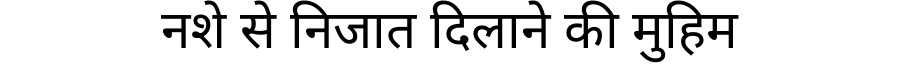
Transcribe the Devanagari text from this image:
नशे से निजात दिलाने की मुहिम